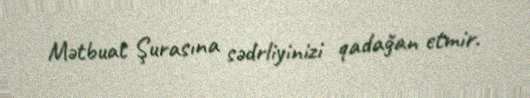
Mətbuat Şurasına sədrliyinizi qadağan etmir.